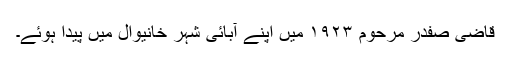
قاضی صفدر مرحوم ۱۹۲۳ میں اپنے آبائی شہر خانیوال میں پیدا ہوئے۔